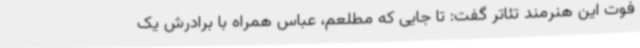
فوت این هنرمند تئاتر گفت: تا جایی که مطلعم، عباس همراه با برادرش یک